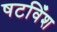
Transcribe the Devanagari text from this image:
षटविँश